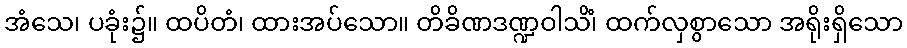
အံသေ၊ ပခုံး၌။ ထပိတံ၊ ထားအပ်သော။ တိခိဏဒဏ္ဍဝါသိံ၊ ထက်လှစွာသော အရိုးရှိသော